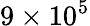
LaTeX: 9\times 10^{5}